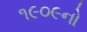
૧૯૦૯નો